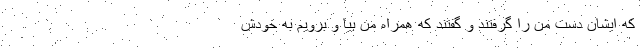
که ایشان دست من را گرفتند و گفتند که همراه من بیا و برویم به خودش